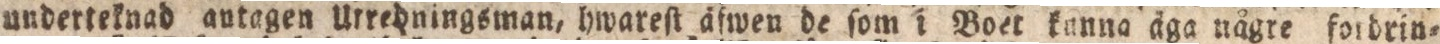
underteknad antagen Urredningsman, hwareſt äfwen de ſom i Boet kunna äga någre fordrin=